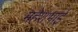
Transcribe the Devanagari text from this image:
महेशभाई